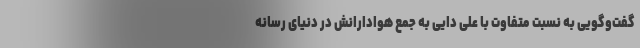
گفت‌وگویی به نسبت متفاوت با علی دایی به جمع هوادارانش در دنیای رسانه